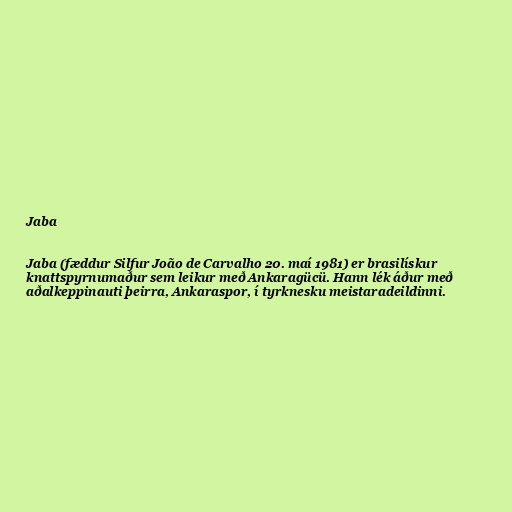
Jaba

Jaba (fæddur Silfur João de Carvalho 20. maí 1981) er brasilískur
knattspyrnumaður sem leikur með Ankaragücü. Hann lék áður með
aðalkeppinauti þeirra, Ankaraspor, í tyrknesku meistaradeildinni.